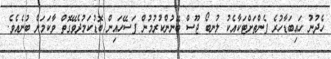
ހެދުނު ހައިބަޑާހުރެ ފެންތަށްޓަކާއެކު ލުނބޯ ޖޫސް ބޭނުންކުރުމުން ފަސޭހައިން ބޮޑުކަމުދެވޭގޮތް ވާކަމަށް ބުނެއެވެ.